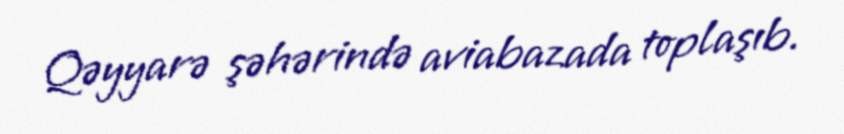
Qəyyarə şəhərində aviabazada toplaşıb.